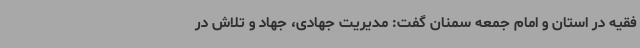
فقیه در استان و امام جمعه سمنان گفت: مدیریت جهادی، جهاد و تلاش در